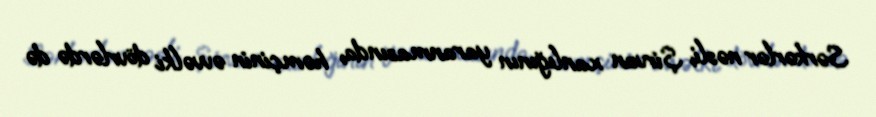
Sərkərlər nəsli, Şirvan xanlığının yaranmasında, həmçinin əvvəlki dövrlərdə də